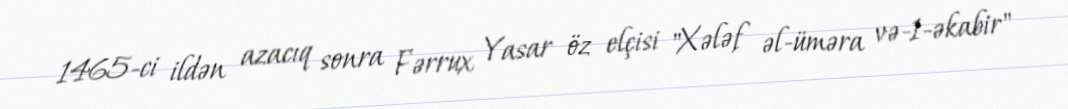
1465-ci ildən azacıq sonra Fərrux Yasar öz elçisi "Xələf əl-üməra və-1-əkabir"